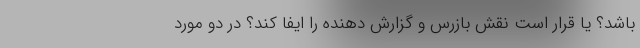
باشد؟ یا قرار است نقش بازرس و گزارش دهنده را ایفا کند؟ در دو مورد